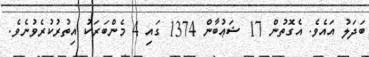
ބަދަލު އައެވެ. އެގޮތުން 17 ޝަޢުބާން 1374 ގައި 4 މެންބަރަކު އިތުރުކުރެވުނެވެ.